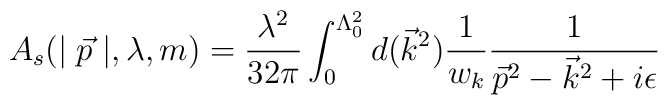
A_s(\mid \vec p\mid ,\lambda ,m)=\frac{\lambda ^2}{32\pi }\int_0^{\Lambda_0^2}d(\vec k^2)\frac 1{w_k}\frac 1{\vec p^2-\vec k^2+i\epsilon }